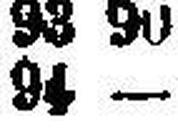
94 —